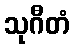
သုဂီတံ